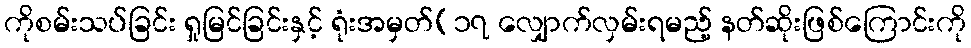
ကိုစမ်းသပ်ခြင်း ရှုမြင်ခြင်းနှင့် ရုံးအမှတ်(၁၇ လျှောက်လှမ်းရမည့် နတ်ဆိုးဖြစ်ကြောင်းကို